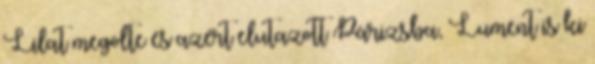
Lilat megölte és azért elutazott Párizsba, Lument is ki